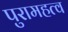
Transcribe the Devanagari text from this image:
पुरामहत्व